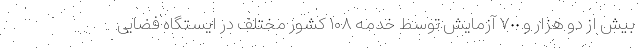
بیش از دو هزار و ٧٠٠ آزمایش توسط خدمه ۱۰۸ کشور مختلف در ایستگاه فضایی